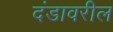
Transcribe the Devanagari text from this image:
दंडावरील